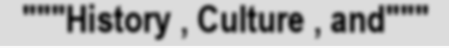
"""History , Culture , and"""